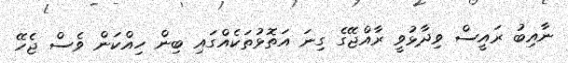
ނާއިބު ރައީސް ވިދާޅުވީ ރާއްޖޭގެ ގިނަ އަތޮޅުތަކެއްގައި ބިން ހިއްކަން ވެސް ޖެހޭ